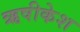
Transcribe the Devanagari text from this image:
ऋषीकेश